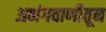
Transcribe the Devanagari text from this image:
अभंगवाणीतून